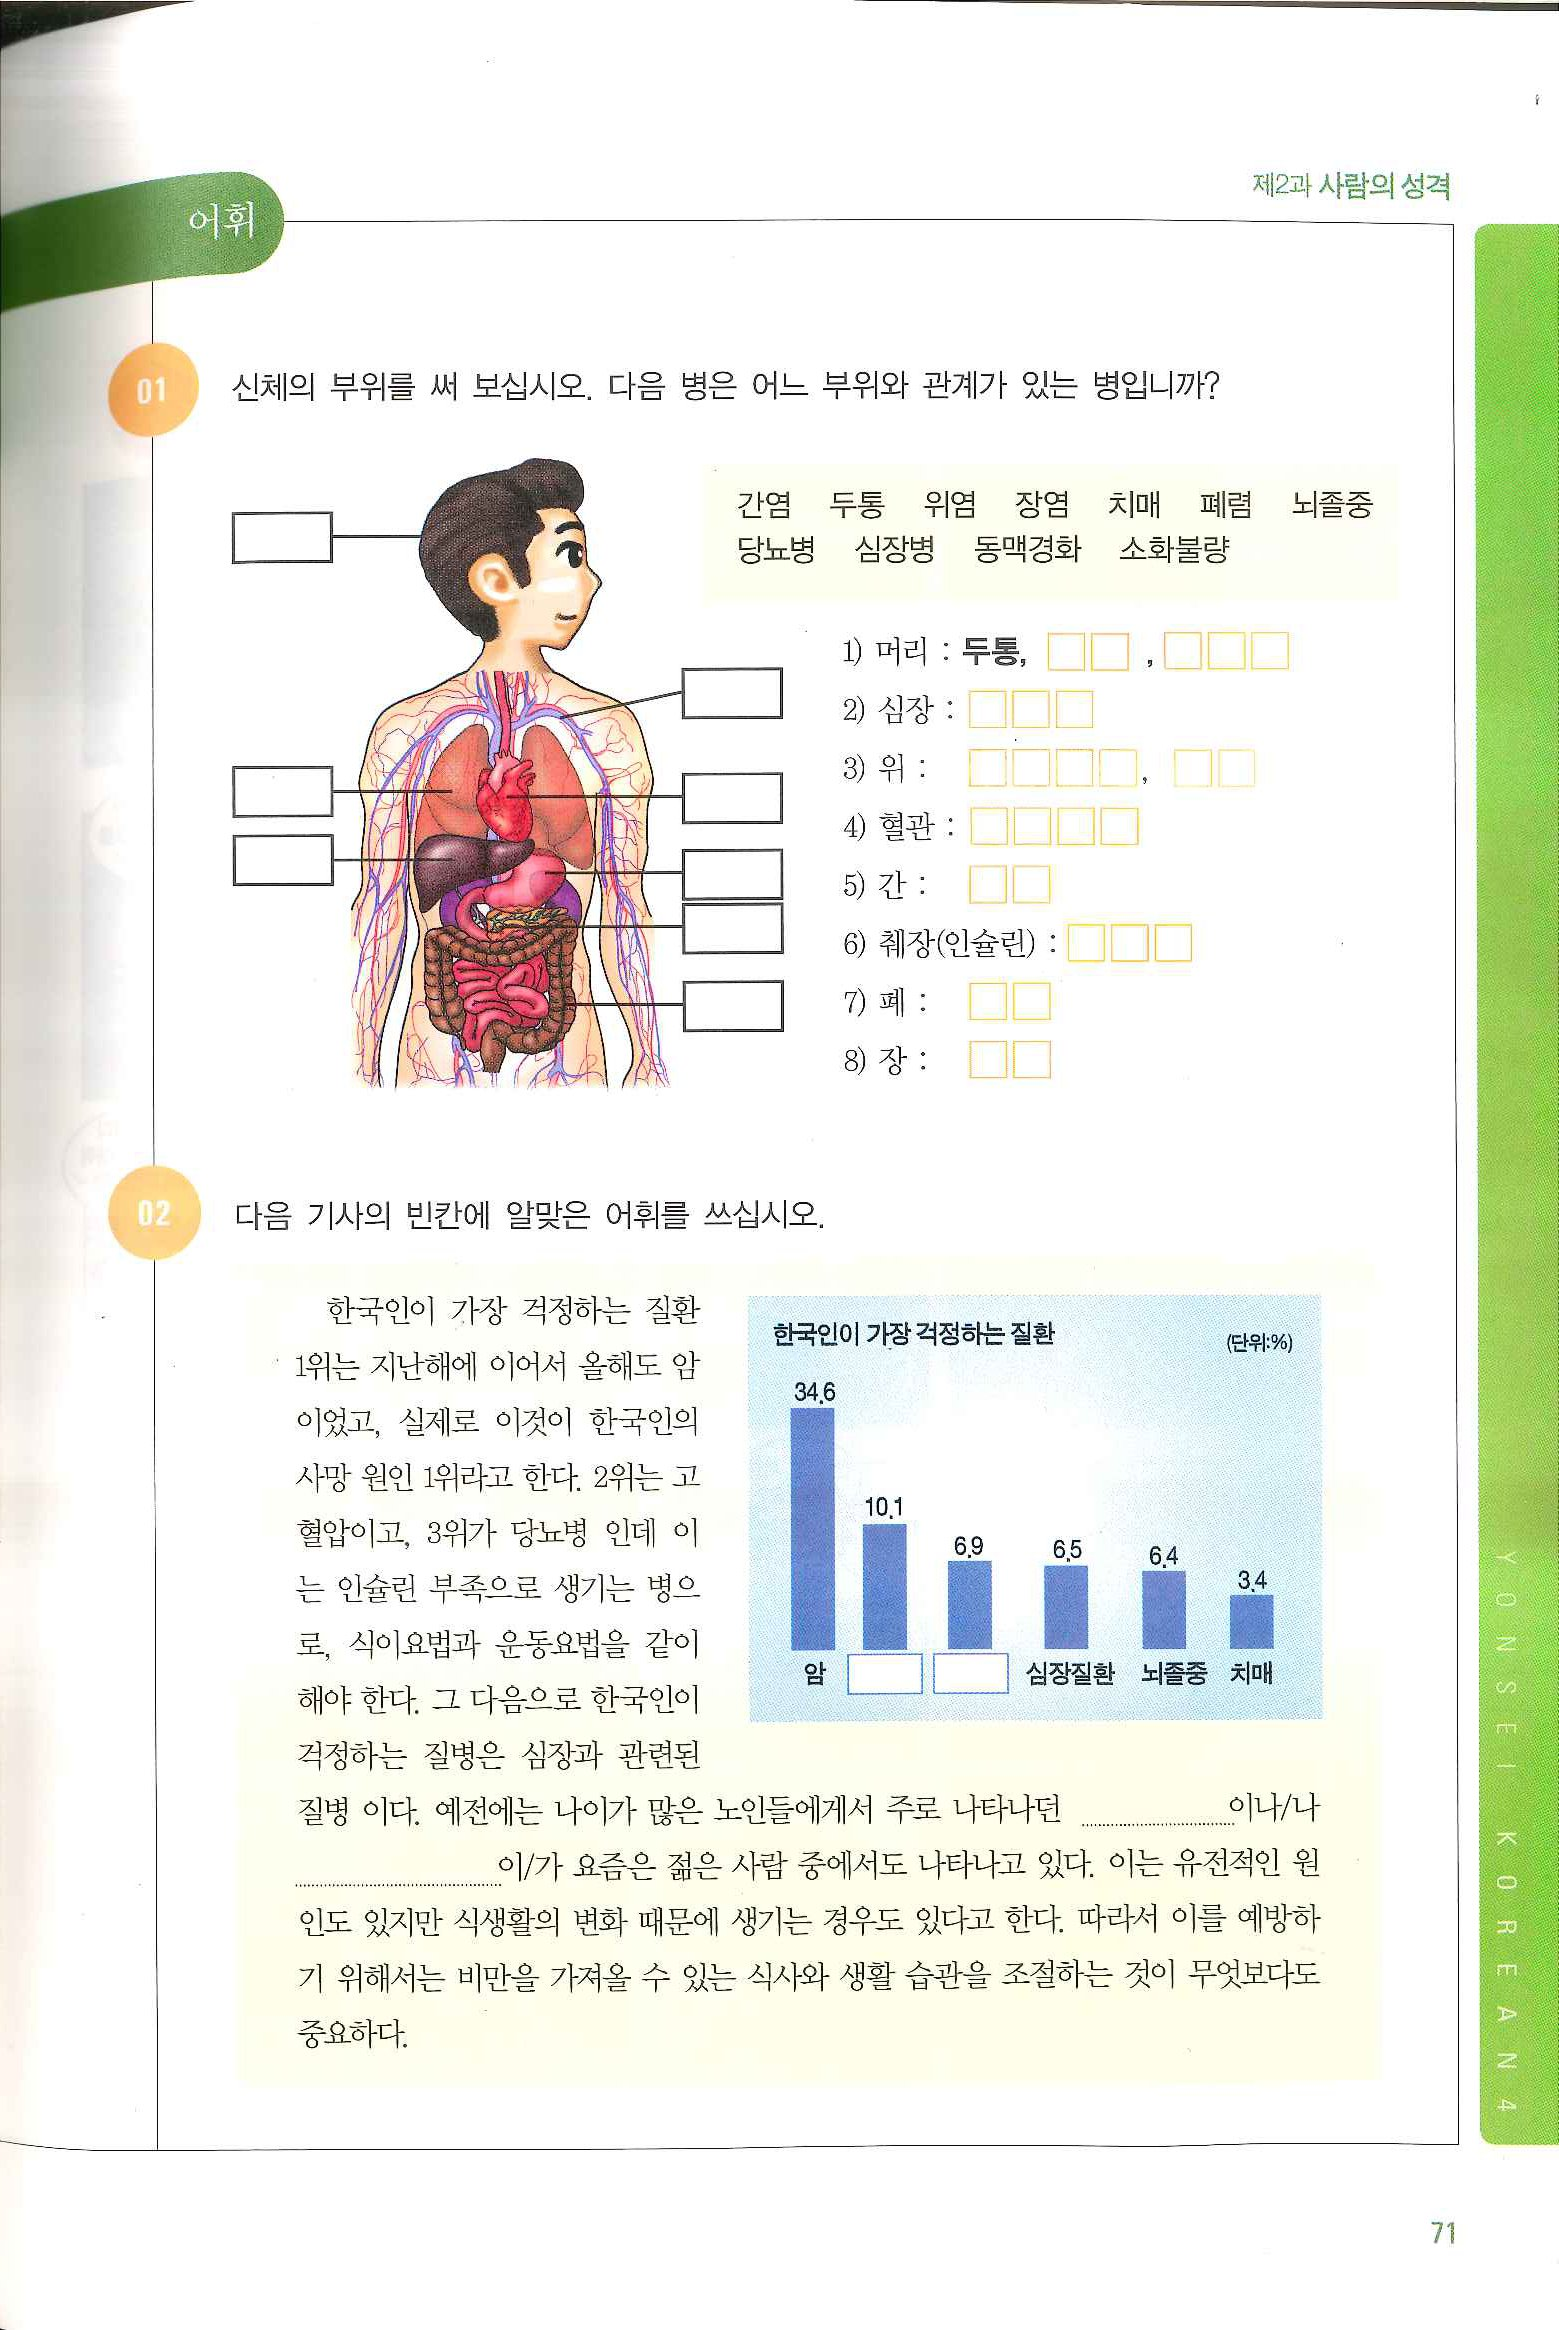
Language: ko